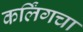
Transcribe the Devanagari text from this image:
कर्लिंगचा